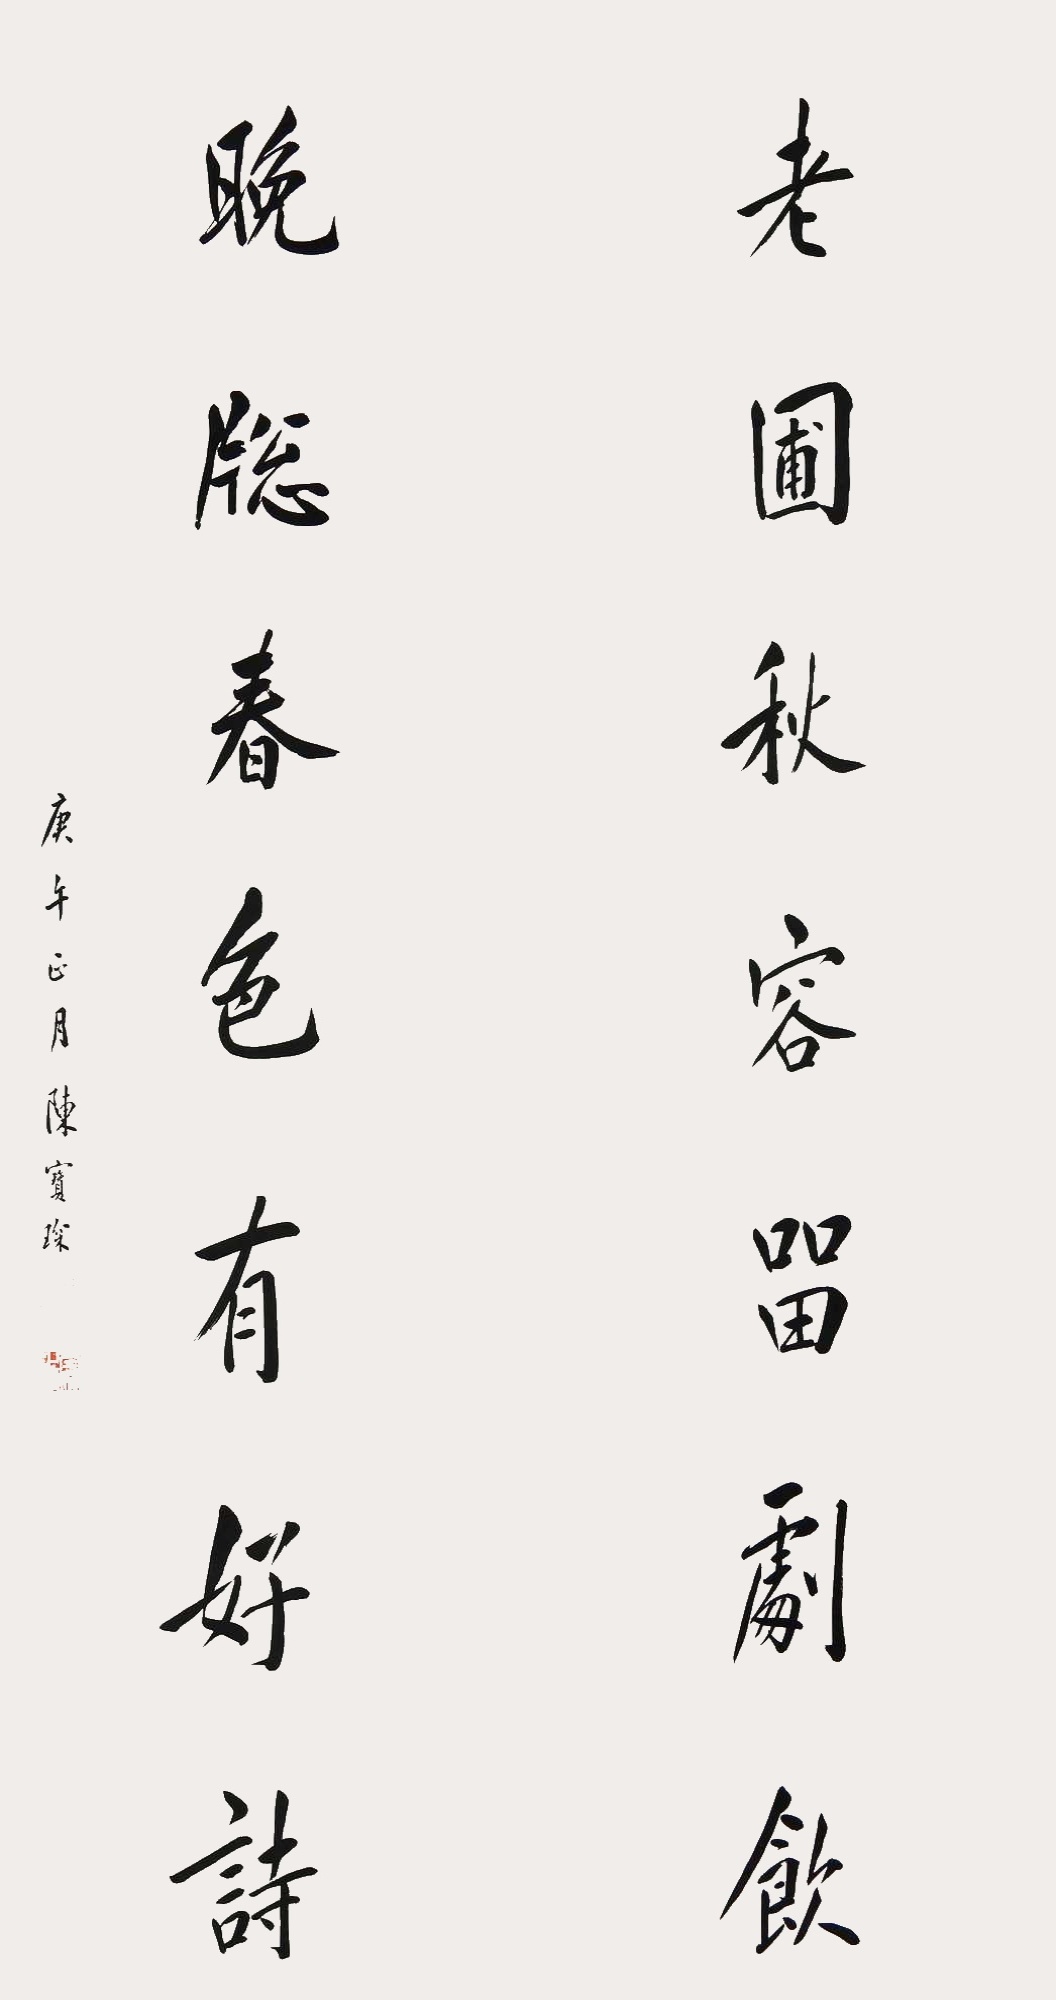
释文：老圃秋容留剧饮，晚牕春色有好诗。庚午正月，陈宝琛。